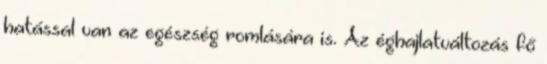
hatással van az egészség romlására is. Az éghajlatváltozás fő